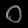
Digit: ၀